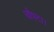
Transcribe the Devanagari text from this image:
चौपटा।